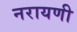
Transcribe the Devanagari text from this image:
नरायणी